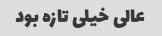
عالی خیلی تازه بود